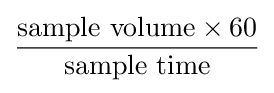
{\frac {{\text{sample volume}}\times 60}{\text{sample time}}}